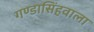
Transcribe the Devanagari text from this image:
गण्डासिंहवाला